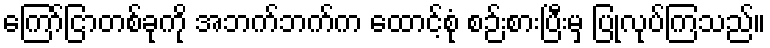
ကြော်ငြာတစ်ခုကို အဘက်ဘက်က ထောင့်စုံ စဉ်းစားပြီးမှ ပြုလုပ်ကြသည်။